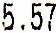
5.57